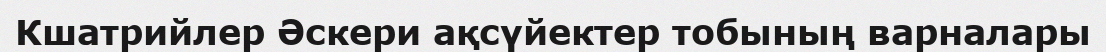
Кшатрийлер Әскери ақсүйектер тобының варналары